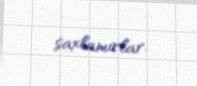
saxlamırlar.